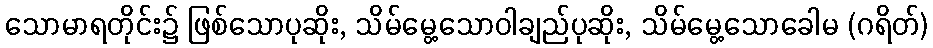
သောမာရတိုင်း၌ ဖြစ်သောပုဆိုး, သိမ်မွေ့သောဝါချည်ပုဆိုး, သိမ်မွေ့သောခေါမ (ဂရိတ်)